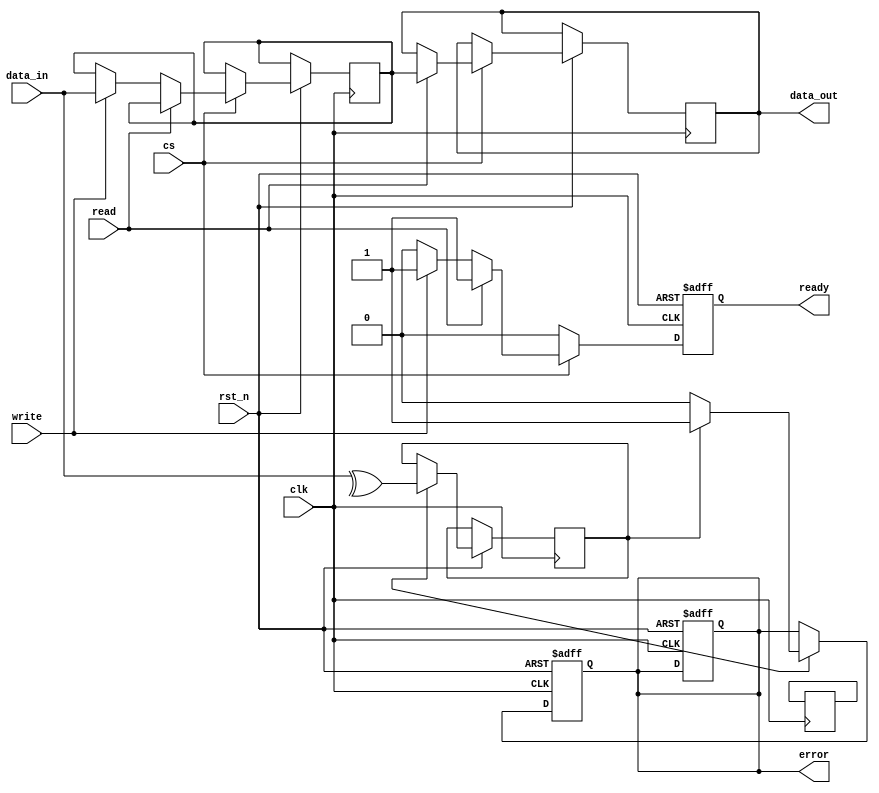
module FeRAM_IO_Block (
    input wire clk,                // System clock
    input wire rst_n,              // Active low reset
    input wire [7:0] data_in,      // Data input from external source
    output reg [7:0] data_out,     // Data output to external source
    input wire read,               // Read control signal
    input wire write,              // Write control signal
    input wire cs,                 // Chip Select
    output reg ready,              // Ready signal for external devices
    output reg error               // Error detection signal
);

    // Internal signals
    reg [7:0] data_latch;          // Data latch for temporary storage
    wire [7:0] read_sense_out;     // Output from read sensing circuit
    wire write_signal;             // Signal for write driver
    wire input_ready;              // Signal indicating input is ready
    wire error_detected;           // Signal for error detection

    // Input Buffers with Schmitt Trigger and Level Shifting
    wire [7:0] input_buffer;
    assign input_buffer = data_in; // Assuming level shifting is done externally

    // Control Signal Interface
    always @(posedge clk or negedge rst_n) begin
        if (!rst_n) begin
            ready <= 0;
            error <= 0;
        end else begin
            if (cs) begin
                if (read) begin
                    // Read operation
                    data_latch <= read_sense_out; // Capture data from the read sensing circuit
                    data_out <= data_latch;        // Drive data onto the external bus
                    ready <= 1;                    // Indicate that data is ready
                end else if (write) begin
                    // Write operation
                    data_latch <= input_buffer;    // Capture input data
                    write_signal <= data_latch;     // Send data to write driver
                    ready <= 1;                    // Indicate that data is ready
                end else begin
                    ready <= 0;                    // No operation
                end
            end else begin
                ready <= 0;                        // Chip select not active
            end
        end
    end

    // Read Sensing Circuit (dummy implementation)
    assign read_sense_out = data_latch; // For simplicity, assume it reads from the latch

    // Write Driver (dummy implementation)
    assign write_signal = data_latch; // For simplicity, assume direct connection

    // Error Detection and Correction (EDAC)
    always @(posedge clk or negedge rst_n) begin
        if (!rst_n) begin
            error <= 0;
        end else if (input_ready) begin
            // Simple parity check for error detection
            error_detected <= ^input_buffer; // Parity bit for error detection
            if (error_detected) begin
                error <= 1; // Error detected
            end else begin
                error <= 0; // No error
            end
        end
    end

    // Power Management (dummy implementation)
    // This block would typically include logic for managing power states
    always @(posedge clk or negedge rst_n) begin
        if (!rst_n) begin
            // Reset power management states
        end else begin
            // Manage power states based on control signals
        end
    end

endmodule